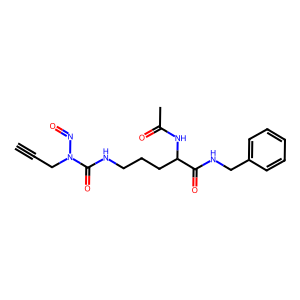
SMILES: C#CCN(N=O)C(=O)NCCCC(NC(C)=O)C(=O)NCc1ccccc1
Inhibits HIV replication: No